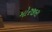
મોરજીરા